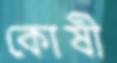
কোষী